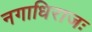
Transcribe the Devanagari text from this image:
नगाधिराजः